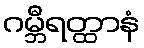
ဂမ္ဘီရတ္ထာနံ